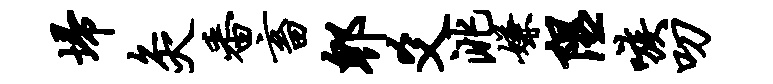
埽灸番畜郫爻洮嫌隰嗾叨